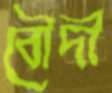
বৌদী